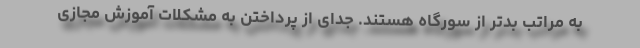
به مراتب بدتر از سورگاه هستند. جدای از پرداختن به مشکلات آموزش مجازی